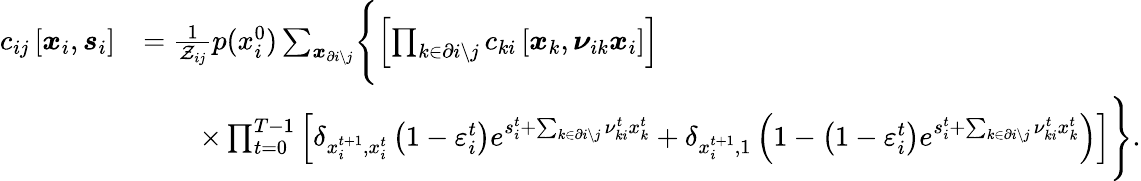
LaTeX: \begin{array}{rl}{c_{ij}\left[\boldsymbol{x}_{i},\boldsymbol{s}_{i}\right]}&{=\frac{1}{\mathcal{Z}_{ij}}p(x_{i}^{0})\sum_{\boldsymbol{x}_{\partial i\setminus j}}\Biggl\{ \left[\prod_{k\in\partial i\setminus j}c_{ki}\left[\boldsymbol{x}_{k},\boldsymbol{\nu}_{ik}\boldsymbol{x}_{i}\right]\right]}\\ &{\qquad\times\prod_{t=0}^{T-1}\left[\delta_{x_{i}^{t+1},x_{i}^{t}}\left(1-\varepsilon_{i}^{t}\right)e^{s_{i}^{t}+\sum_{k\in\partial i\setminus j}\nu_{ki}^{t}x_{k}^{t}}+\delta_{x_{i}^{t+1},1}\left(1-\left(1-\varepsilon_{i}^{t}\right)e^{s_{i}^{t}+\sum_{k\in\partial i\setminus j}\nu_{ki}^{t}x_{k}^{t}}\right)\right]\Biggr\} .}\end{array}